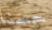
حسنا